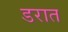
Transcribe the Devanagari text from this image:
डरात